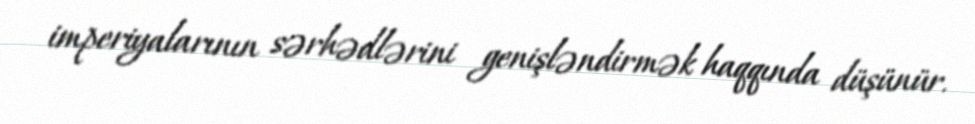
imperiyalarının sərhədlərini genişləndirmək haqqında düşünür.